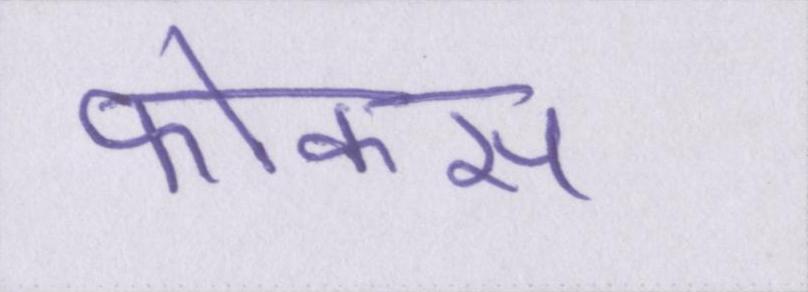
फोकस